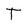
Character: T